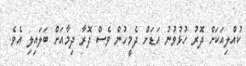
ކުއްލިއަކަށް ދޮރު ހުޅުވުނު އަޑަށް ދެމީހުން ވެސް ދޮރާ ދިމާއަށް ބަލައިލި އެވެ.